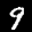
Label: 9